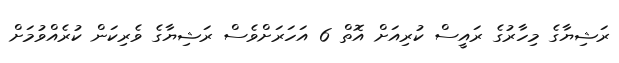
ރަޝިޔާގެ މިހާރުގެ ރައީސް ކުރިއަށް އޮތް 6 އަހަރަށްވެސް ރަޝިޔާގެ ވެރިކަން ކުރެއްވުމަށް